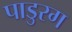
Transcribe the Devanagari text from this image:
पाडुरग